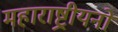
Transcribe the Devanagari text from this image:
महाराष्ट्रीयनों